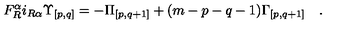
F _ { R } ^ { \alpha } i _ { R \alpha } { \Upsilon } _ { { [ p , q ] } } = - { \Pi } _ { [ p , q + 1 ] } + ( m - p - q - 1 ) { \Gamma } _ { { [ p , q + 1 ] } } \quad .